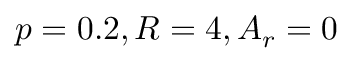
p = 0 . 2 , R = 4 , A _ { r } = 0